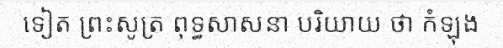
ទៀត ព្រះសូត្រ ពុទ្ធសាសនា បរិយាយ ថា កំឡុង